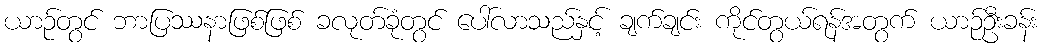
ယာဉ်တွင် ဘာပြဿနာဖြစ်ဖြစ် ခလုတ်ခုံတွင် ပေါ်လာသည်နှင့် ချက်ချင်း ကိုင်တွယ်ရန်အတွက် ယာဉ်ဦးခန်း